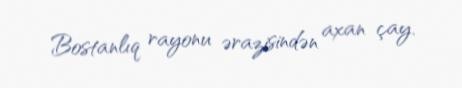
Bostanlıq rayonu ərazisindən axan çay.